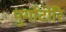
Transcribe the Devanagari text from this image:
पुर्गाटोरि